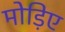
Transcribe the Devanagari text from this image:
मोड़िए